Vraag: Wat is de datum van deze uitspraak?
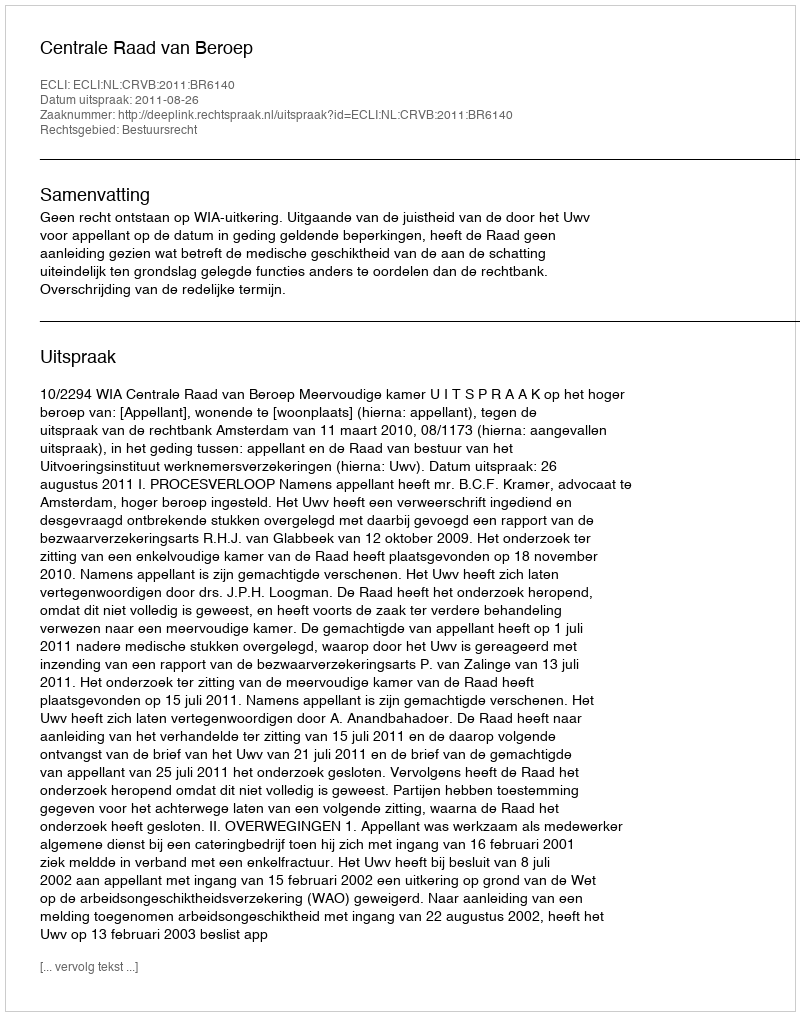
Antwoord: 2011-08-26